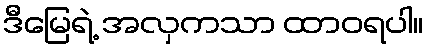
ဒီမြေရဲ့ အလှကသာ ထာဝရပါ။